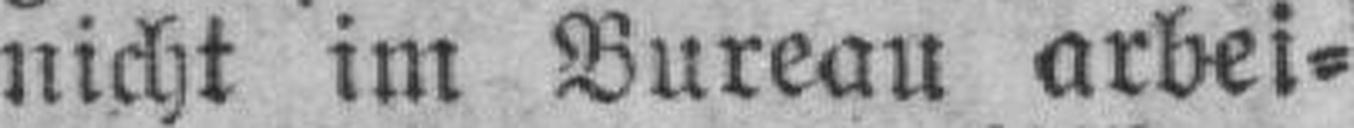
nicht im Bureau arbei¬